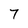
Character: 7